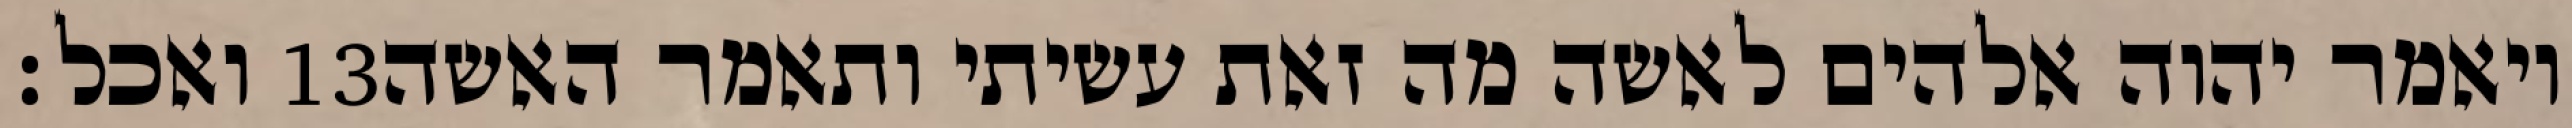
ואכל׃ ‎13‏ ויאמר יהוה אלהים לאשה מה זאת עשיתי ותאמר האשה